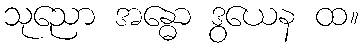
သုညော အန္ဓော ဒွယေန ထ။